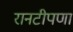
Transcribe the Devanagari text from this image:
रानटीपणा